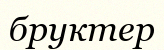
бруктер